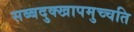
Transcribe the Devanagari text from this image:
सब्बदुक्खापमुच्चति